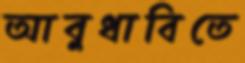
আবুধাবিতে